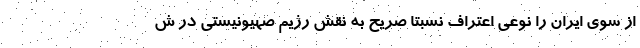
از سوی ایران را نوعی اعتراف نسبتا صریح به نقش رژیم صهیونیستی در ش